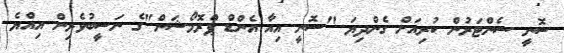
ސޮނީ ސެންޓަރުން ކުރިއަށް ގެންދިޔަ "ސޮނީ އިއާ އެންޑް ޕްރޮމޯޝަން"ގެ ނަސީބުވެރިން އިއްޔެ